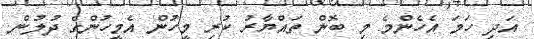
އަދި ހަމަ އެހެންމެ މި ބޮން ތައްޔާރު ކުރި މީހުން އެމީހުންގެ ދުލުން